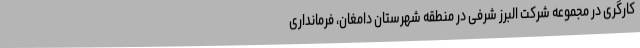
کارگری در مجموعه شرکت البرز شرفی در منطقه شهرستان دامغان، فرمانداری